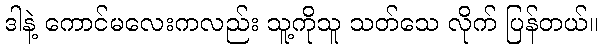
ဒါနဲ့ ကောင်မလေးကလည်း သူ့ကိုသူ သတ်သေ လိုက် ပြန်တယ်။